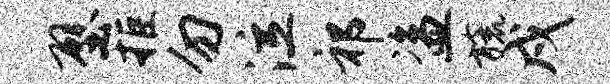
壁拒勿泣祁盗旒戍